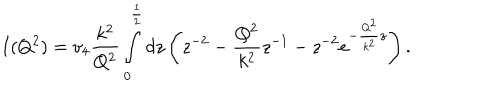
LaTeX: I ( Q ^ { 2 } ) = v _ { 4 } \frac { k ^ { 2 } } { Q ^ { 2 } } \int _ { 0 } ^ { \frac { 1 } { 2 } } d z \left( z ^ { - 2 } - \frac { Q ^ { 2 } } { k ^ { 2 } } z ^ { - 1 } - z ^ { - 2 } e ^ { - \frac { Q ^ { 2 } } { k ^ { 2 } } z } \right) .